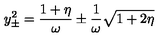
y _ { \pm } ^ { 2 } = { \frac { 1 + \eta } { \omega } } \pm { \frac { 1 } { \omega } } \sqrt { 1 + 2 \eta }